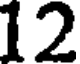
12